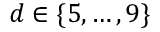
d \in \{ 5 , \ldots , 9 \}